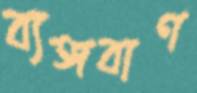
ব্যঙ্গবাণ